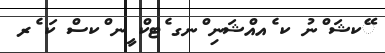
ޭކޝަ ްނު ކ ެއއްޝަނި ްނގ ެޓކް ީނ ްކސް ކަ ެރ